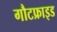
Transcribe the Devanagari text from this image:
गौटफ्राइड